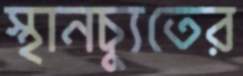
স্থানচ্যুতের